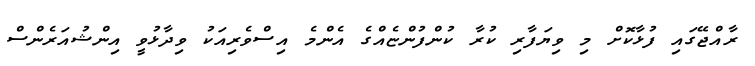
ރާއްޖޭގައި ފުޅާކޮށް މި ވިޔަފާރި ކުރާ ކުންފުންޏެއްގެ އެންމެ އިސްވެރިއަކު ވިދާޅުވީ އިންޝުއަރެންސް